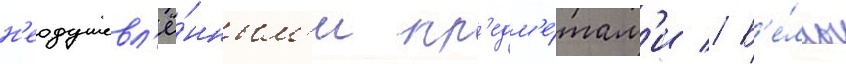
н'еодушевл'ё́нным'и пр'едм'е́там'и // Б'е́лль